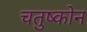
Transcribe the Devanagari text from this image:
चतुष्कोन